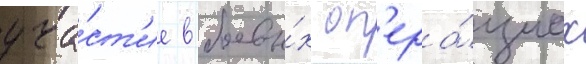
уча́ст'ие в боевы́х оп'ера́циах